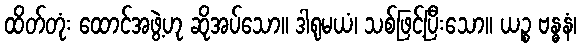
ထိတ်တုံး ထောင်အဖွဲ့ဟု ဆိုအပ်သော။ ဒါရုမယံ၊ သစ်ဖြင့်ပြီးသော။ ယဉ္စ ဗန္ဓနံ၊